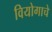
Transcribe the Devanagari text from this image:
वियोगाचे